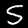
Digit: 5